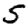
Digit: 5